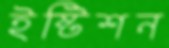
ইষ্টিশন